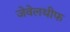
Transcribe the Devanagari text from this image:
जेवेलथीफ